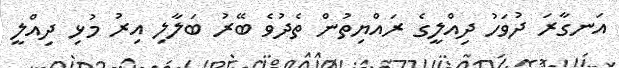
އަނގާރަ ދުވަހު ދިއްލީގެ ރައްޔިތުން ތެދުވެ ބޭރު ބަލާލި އިރު މުޅި ދިއްލީ